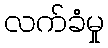
လက်ခံမှု